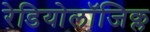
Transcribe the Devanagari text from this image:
रेडियोलॉजिक्ल